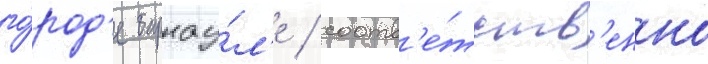
го́род'е барнау́л'е / соотв'е́тств'енно